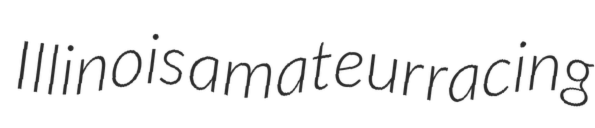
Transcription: Illinois amateur racing